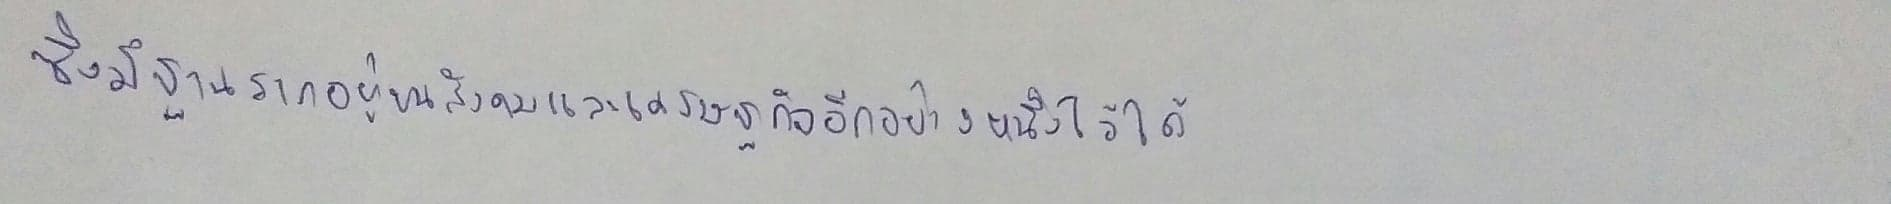
ซึ่งมีฐานรากอยู่บนสังคมและเศรษฐกิจอีกอย่างหนึ่งไว้ได้